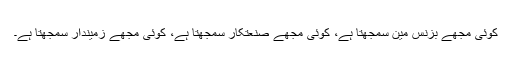
کوئی مجھے بزنس مین سمجھتا ہے، کوئی مجھے صنعتکار سمجھتا ہے، کوئی مجھے زمیندار سمجھتا ہے۔